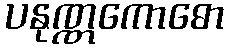
ပနုဏ္ဏကောဓော